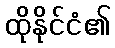
ထိုနိုင်ငံ၏